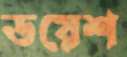
ডয়েশ